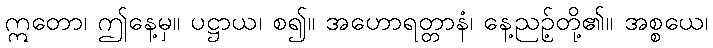
ဣတော၊ ဤနေ့မှ။ ပဋ္ဌာယ၊ စ၍။ အဟောရတ္တာနံ၊ နေ့ညဉ့်တို့၏။ အစ္စယေ၊